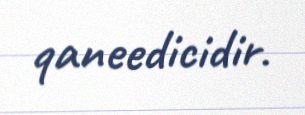
qaneedicidir.